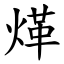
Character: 煂